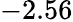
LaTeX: -2.56